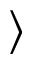
\rangle